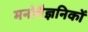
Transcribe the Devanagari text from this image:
मनोवैज्ञनिकों